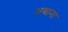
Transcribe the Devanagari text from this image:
अवाना